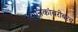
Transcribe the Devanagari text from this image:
स्थानिकांबरोबरच